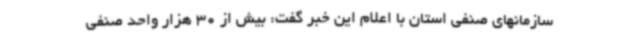
سازمانهای صنفی استان با اعلام این خبر گفت: بیش از 30 هزار واحد صنفی